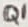
Text: Q1